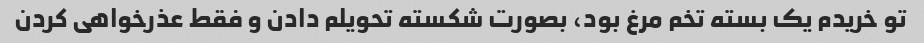
تو خریدم یک بسته تخم مرغ بود، بصورت شکسته تحویلم دادن و فقط عذرخواهی کردن